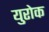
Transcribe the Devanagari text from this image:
युरोक